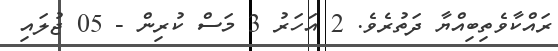
ރައްކާވެތިބިއްޔާ ދަތުރެވެ. 2 އަހަރު 3 މަސް ކުރިން - 05 ޖުލައި